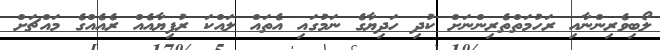
ލޯބިވެރިންނާއި ރަހުމަތްތެރިންނަށް ކުދި ހަދިޔާގެ ނަމުގައި އެތައް ލައްކަ ރުފިޔާއެއް ރެއެއްގެ މައްޗަށް